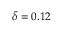
\bar { \delta } = 0 . 1 2